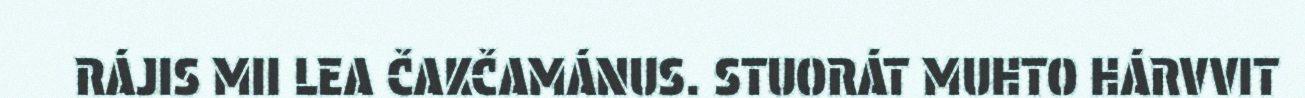
RÁJIS MII LEA ČAKČAMÁNUS. STUORÁT MUHTO HÁRVVIT